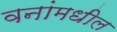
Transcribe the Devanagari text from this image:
वनांमधील